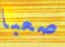
صعبا